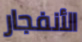
الأنفجار